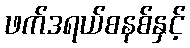
ဖက်ဒရယ်စနစ်နှင့်